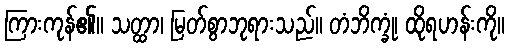
ကြားကုန်၏။ သတ္ထာ၊ မြတ်စွာဘုရားသည်။ တံဘိက္ခုံ၊ ထိုရဟန်းကို။